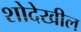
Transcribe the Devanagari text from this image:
शोदेखील